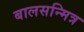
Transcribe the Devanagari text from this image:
बालसन्मित्र